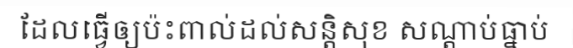
ដែលធ្វើឲ្យប៉ះពាល់ដល់សន្តិសុខ សណ្តាប់ធ្នាប់